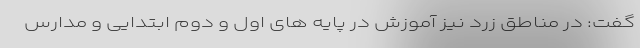
گفت: در مناطق زرد نیز آموزش در پایه های اول و دوم ابتدایی و مدارس